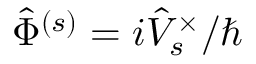
\hat { \Phi } ^ { ( s ) } = i \hat { V } _ { s } ^ { \times } / \hbar